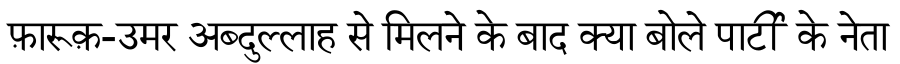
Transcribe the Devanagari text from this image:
फ़ारूक़-उमर अब्दुल्लाह से मिलने के बाद क्या बोले पार्टी के नेता